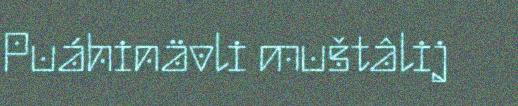
Puáhinävli muštâlij